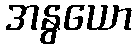
အနွယော